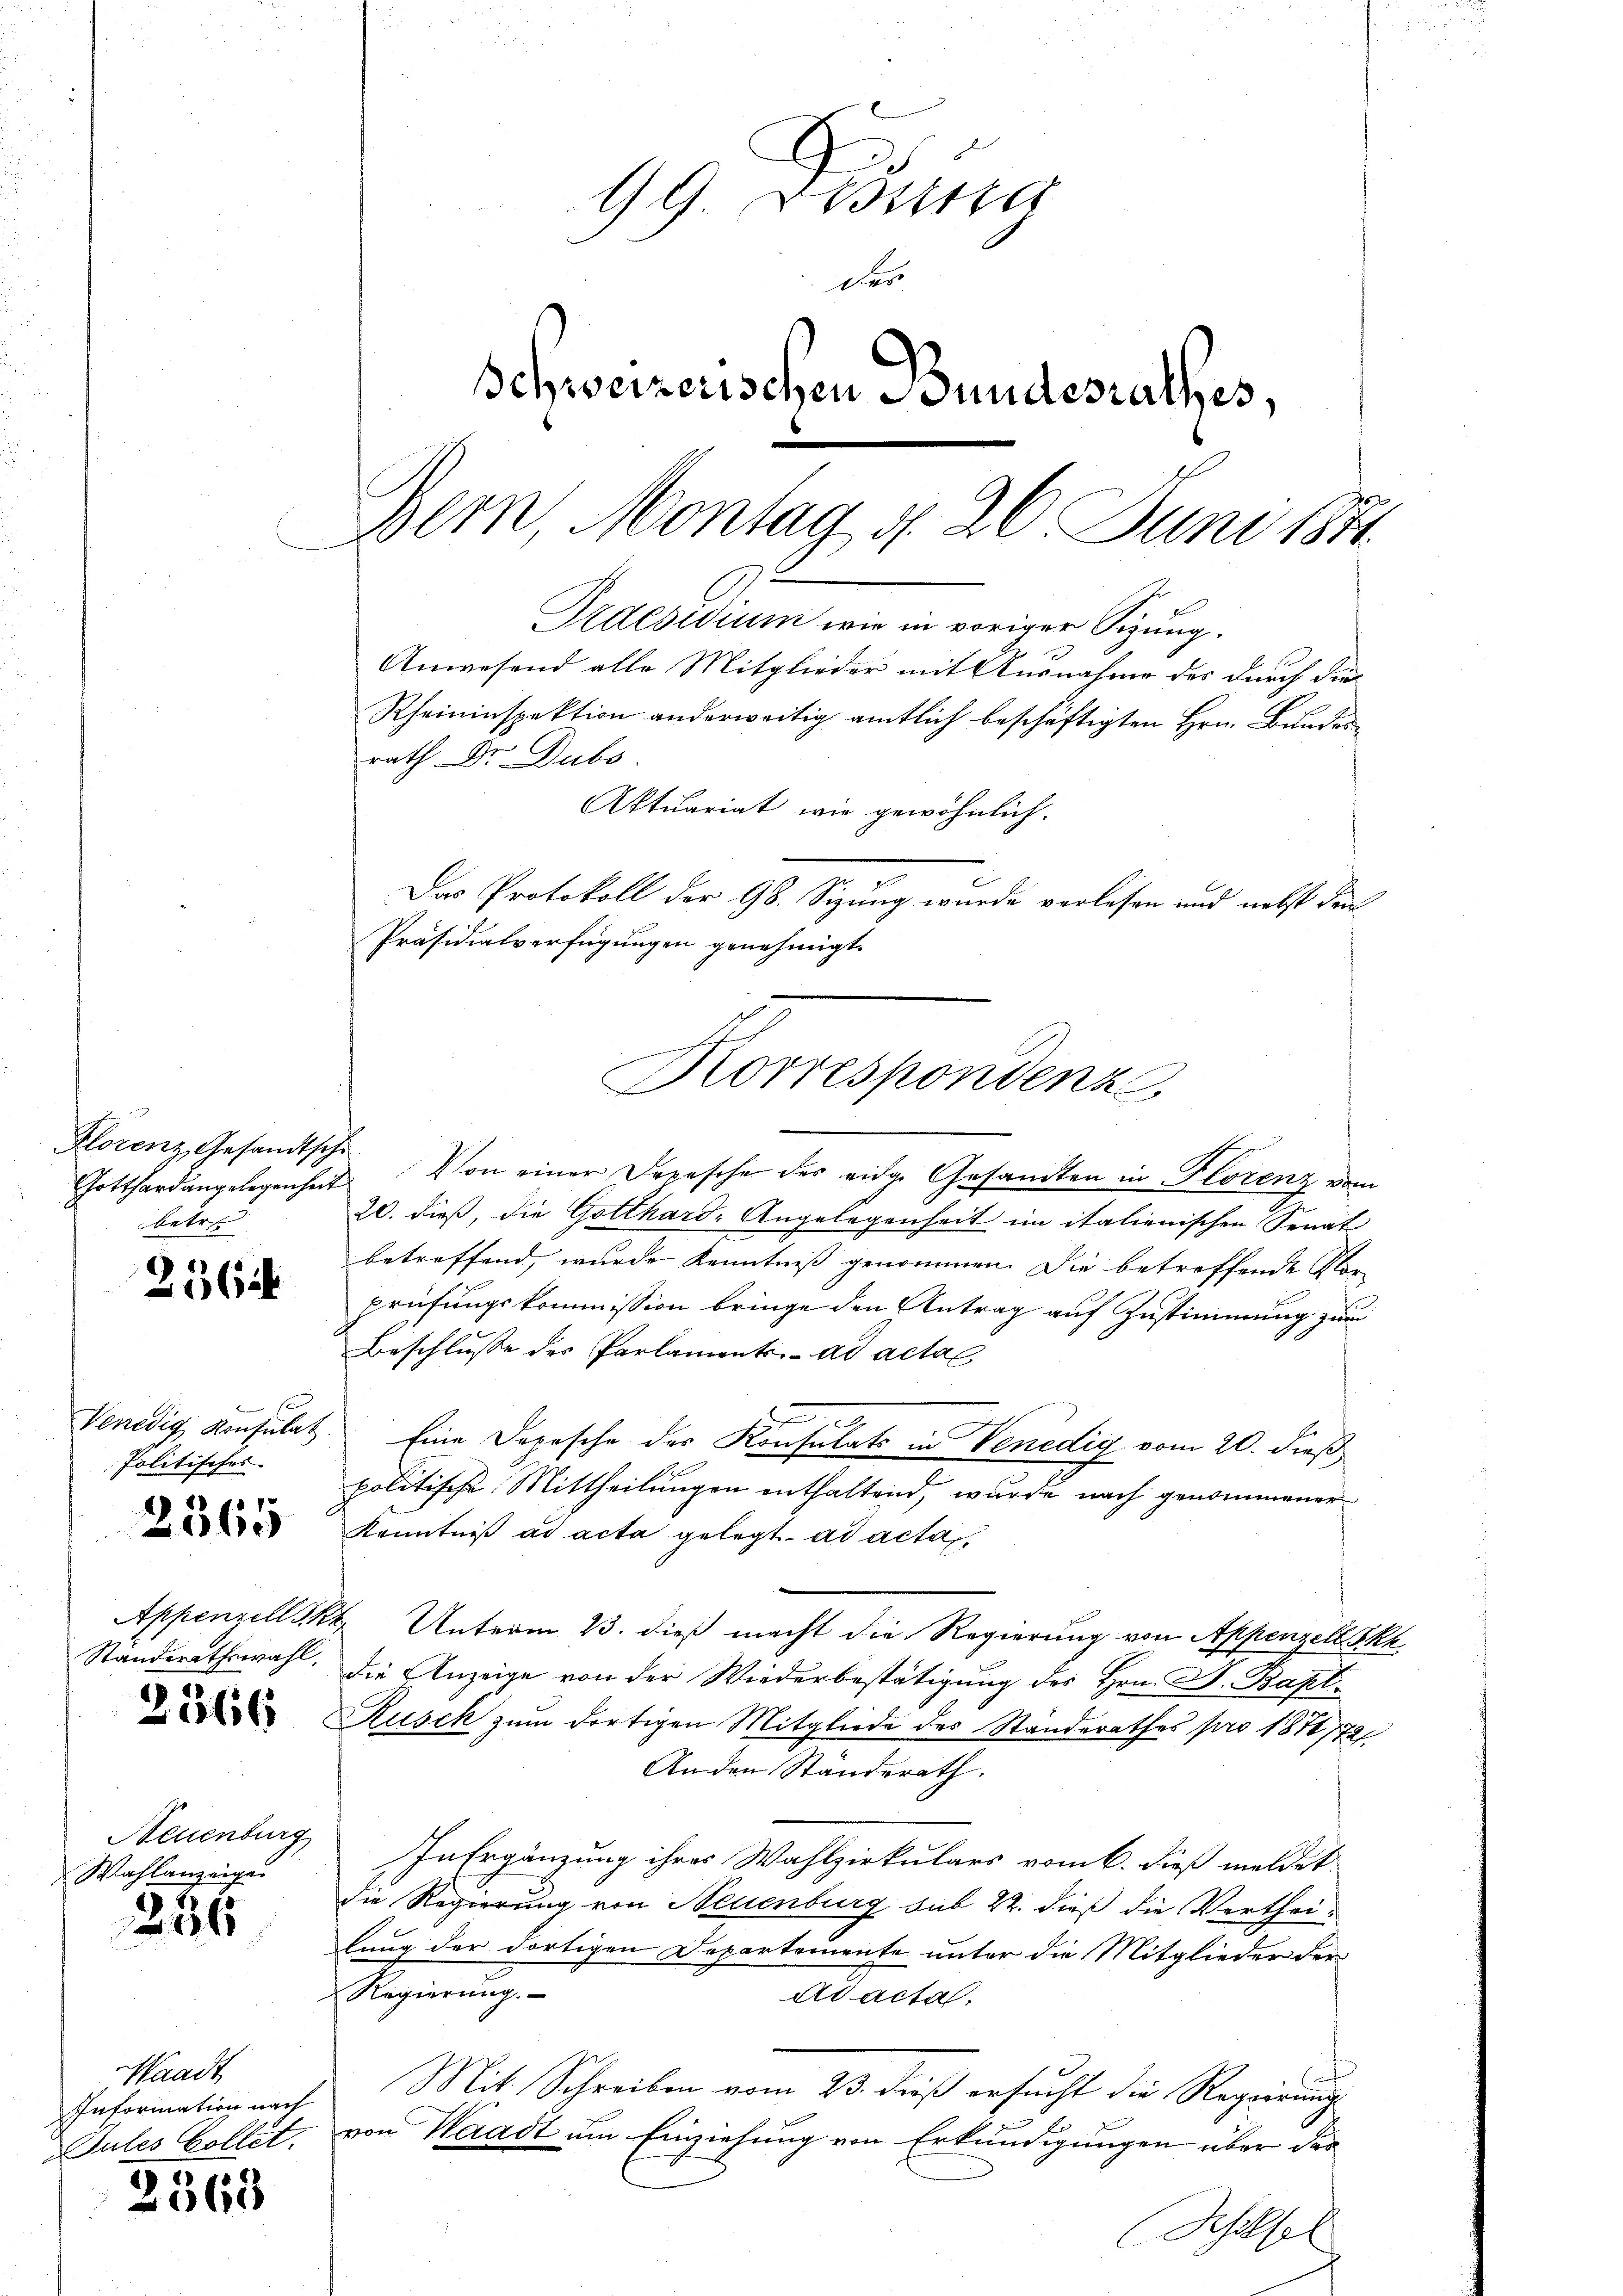
Florenz, Gesandtschi
betre

256 f

Venedig Konsulat
Politisches

2565

Appenzell S.
Standerathswahl,

2566

Neuenburg
Wahlanzeigen

226

aadt
Information nach
Jules Collet.

2368

19. Lesstra
des
Schweizerischen Bundesrathes,
Dein Montag d. 26 Juni 184
Irdesidium wie in voriger Sizung.
Anwesend alle Mitglieder mit Ausnahme des durch die¬
Rheininspektion anderweitig amtlich beschäftigten Hrn. Bundesrath Dr. Dubo
Aktuariat wie gewöhnlich.
Das Protokoll der 98. Sizung wurde verlesen und nebst den
Präsidialverfügungen genehmigt.

Gotthardangelegenhat. Von einer Depesche des eidg. Gesandten in Florenz vom
20. dieß, die Gotthard-Angelegenheit im italienischen Senat
betreffend, wurde Kenntniß genommen. Die betreffende Vor
prüfungskommission bringe den Antrag auf Zustimmung zum
Beschlusse des Parlaments. ad acta
Eine Dopische des Konsulats in Venedig vom 20. dieß
politische Mittheilungen enthaltend, wurde nach genommener
Kenntniß ad acta gelegt ad acta
 Unterm 23. dieß macht die Regierung von Appenzell Skh
die Anzeige von der Wiederbestätigung des Hrn. D. Bapt.
Rusch zum dortigen Mitgliede des Standerathes pro 1871772/
Anden Ständerath.
In Ergänzung ihres Wahlzirkulars vom 6. dieß meldet
die Regierung von Neuenburg sub 22. dieß die Verthei-
lung der dortigen Departemente unter die Mitglieder der
Regierung.
Adactal.
Mit Schreiben vom 23. dieß ersucht die Regierung
von Waadt um Einziehung von Erkundigungen über das
Schilfel

Korrespondenz